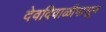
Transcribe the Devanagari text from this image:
देवदिवाळीपासून